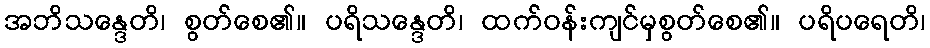
အဘိသန္ဒေတိ၊ စွတ်စေ၏။ ပရိသန္ဒေတိ၊ ထက်ဝန်းကျင်မှစွတ်စေ၏။ ပရိပရေတိ၊